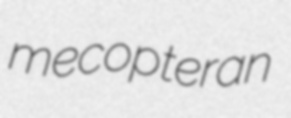
mecopteran